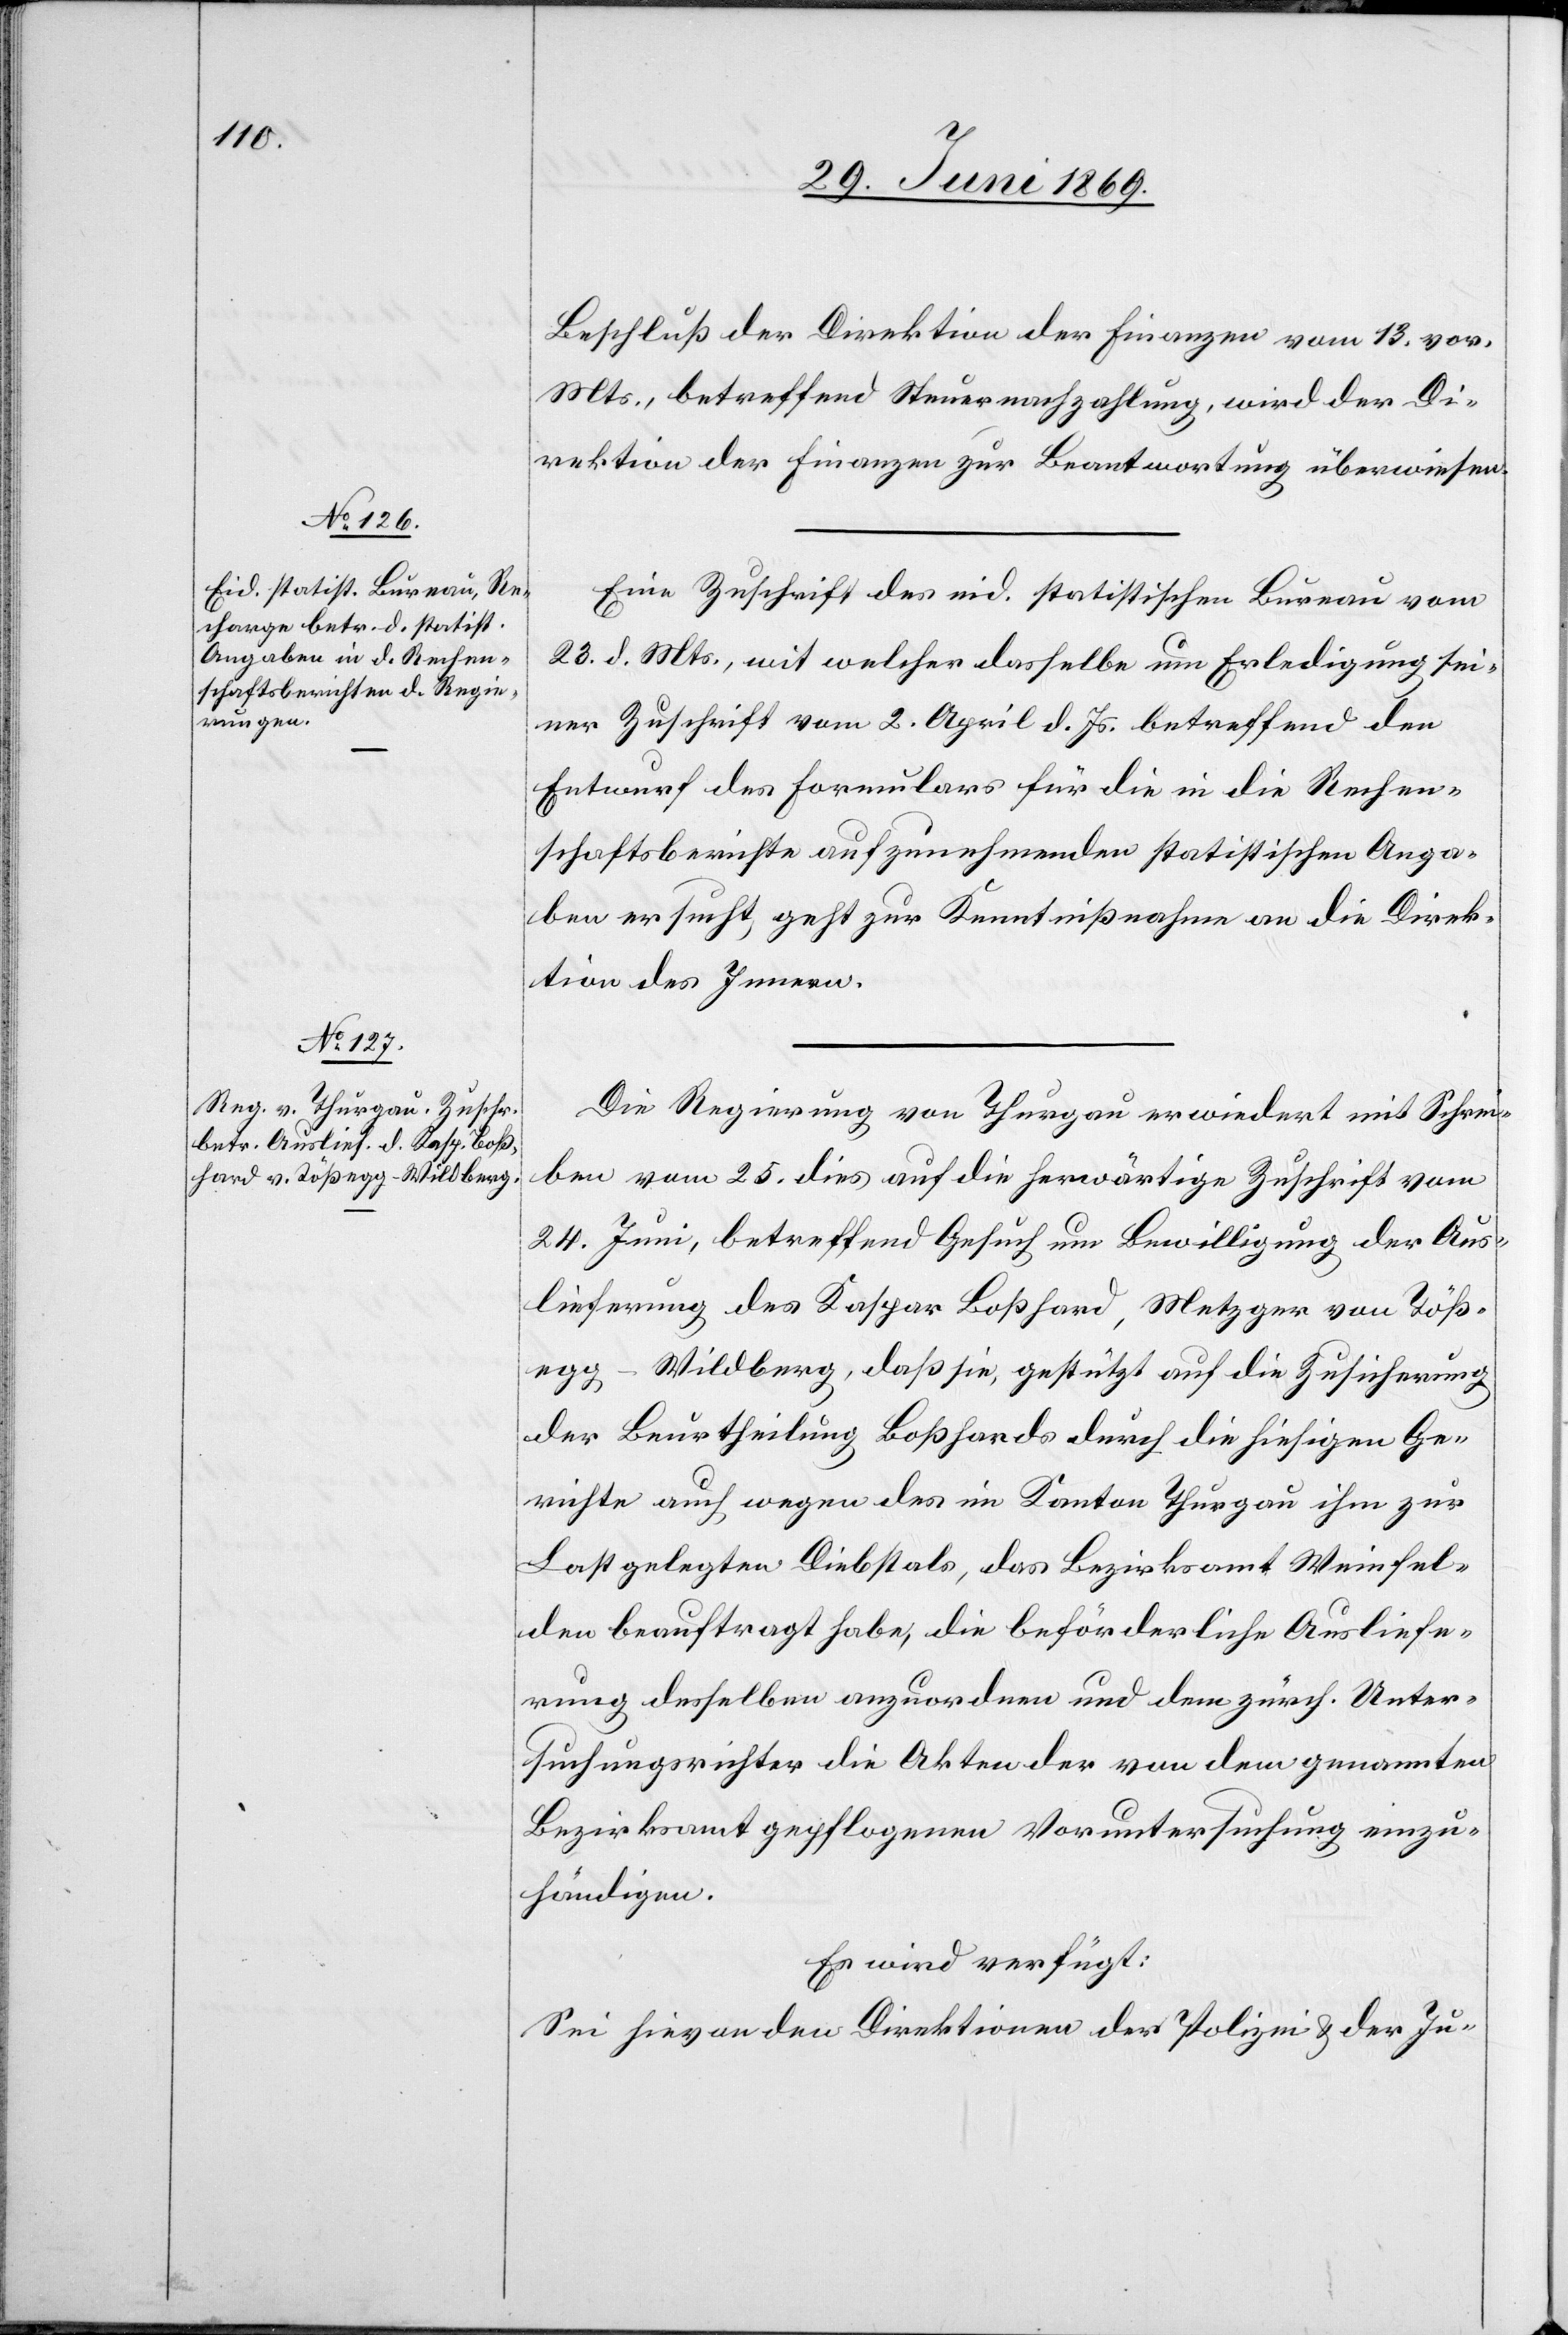
29. Juni 1869.]
Beschluß der Direktion der Finanzen vom 13. vor.
Mts., betreffend Steuernachzahlung, wird der Di¬
rektion der Finanzen zur Beantwortung überwiesen.
Eine Zuschrift des eid. statistischen Bureau vom
23. d. Mts., mit welcher dasselbe um Erledigung sei¬
ner Zuschrift vom 2. April d. Js. betreffend den
Entwurf des Formulars für die in die Rechen¬
schaftsberichte aufzunehmenden statistischen Anga¬
ben ersucht, geht zur Kenntnißnahme an die Direk¬
tion des Innern.
Die Regierung von Thurgau erwiedert mit Schrei¬
ben vom 25. dies auf die herwärtige Zuschrift vom
24. Juni, betreffend Gesuch um Bewilligung der Aus¬
lieferung des Kaspar Boßhard, Metzger von Töß¬
egg - Wildberg, daß sie, gestützt auf die Zusicherung
der Beurtheilung Boßhards durch die hiesigen Ge¬
richte auch wegen des im Kanton Thurgau ihm zur
Last gelegten Diebstals, das Bezirksamt Weinfel¬
den beauftragt habe, die beförderliche Ausliefe¬
rung desselben anzuordnen und dem zürch. Unter¬
suchungsrichter die Akten der von dem genannten
Bezirksamt gepflogenen Voruntersuchung einzu¬
händigen.
Es wird verfügt:
Sei hievon den Direktionen der Polizei u. der Ju-